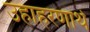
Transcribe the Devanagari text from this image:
उहाहरणार्थ